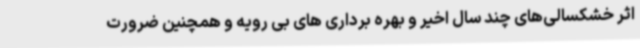
اثر خشکسالی‌های چند سال اخیر و بهره برداری های بی رویه و همچنین ضرورت